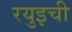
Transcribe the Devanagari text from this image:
रयुइची